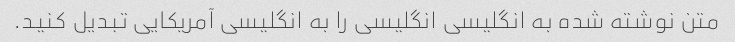
متن نوشته شده به انگلیسی انگلیسی را به انگلیسی آمریکایی تبدیل کنید.